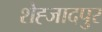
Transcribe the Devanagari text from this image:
शेह्जादपुर